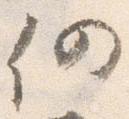
仍